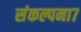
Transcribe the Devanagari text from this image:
संकल्पना७